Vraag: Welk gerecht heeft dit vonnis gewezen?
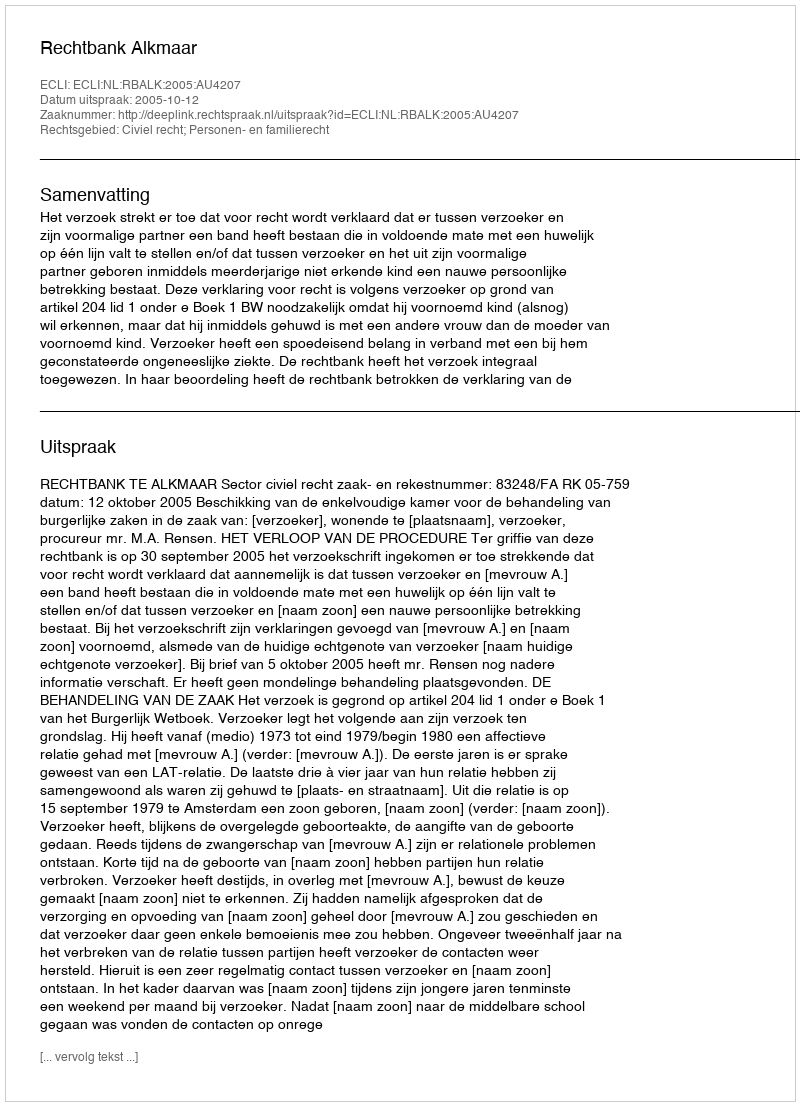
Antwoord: Rechtbank Alkmaar